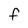
Character: F